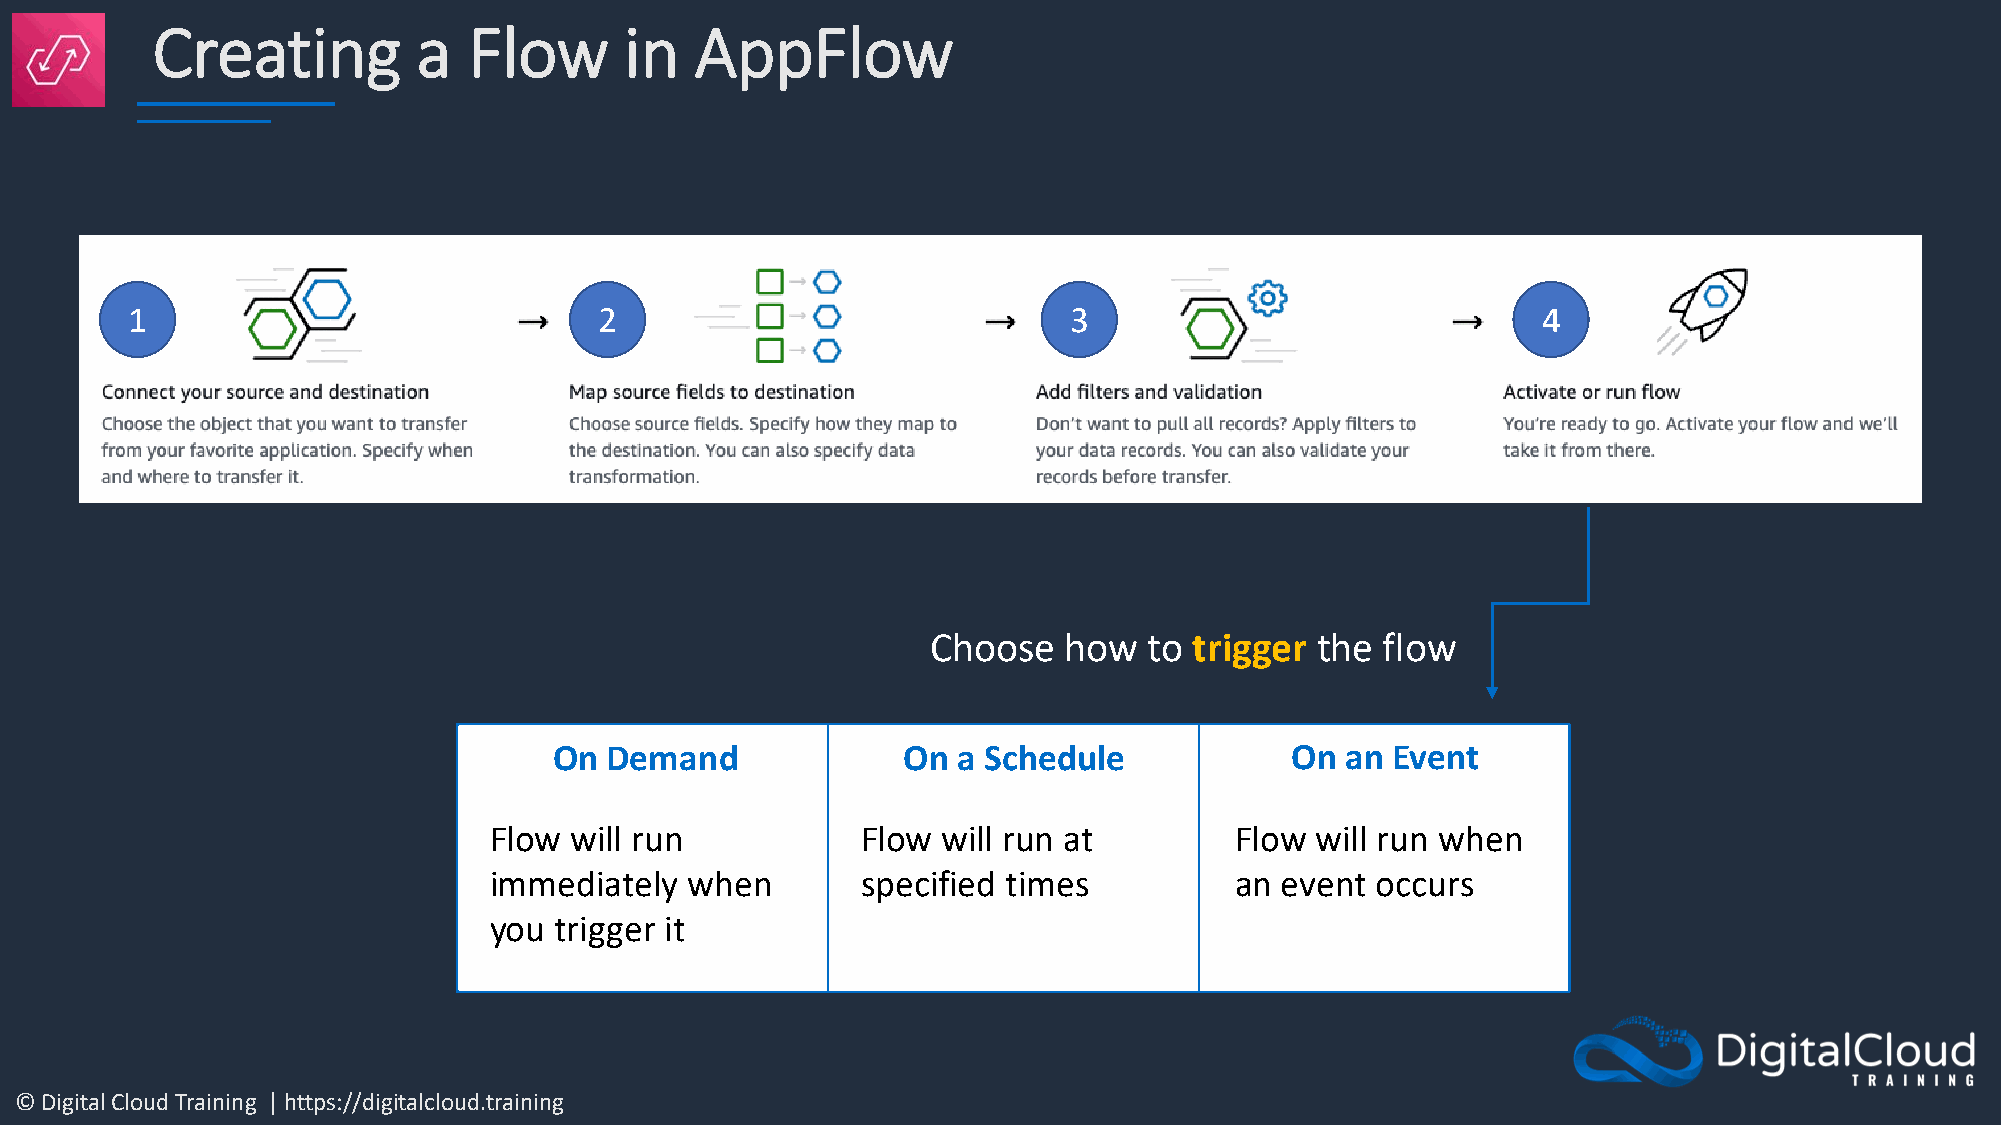
Creating          a  Flow      in   AppFlow
 1                               2                              3                              4
 Choose  how   to trigger the flow
 On Demand              On a Schedule            On  an Event
 Flow  will run           Flow will run at         Flow will run when
 immediately   when       specified times          an event occurs
 you  trigger it
 © Digital Cloud Training | https://digitalcloud.training